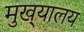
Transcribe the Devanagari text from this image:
मुख्‌यालय